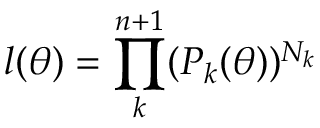
l ( \boldsymbol { \theta } ) = \prod _ { k } ^ { n + 1 } ( P _ { k } ( \boldsymbol { \theta } ) ) ^ { N _ { k } }